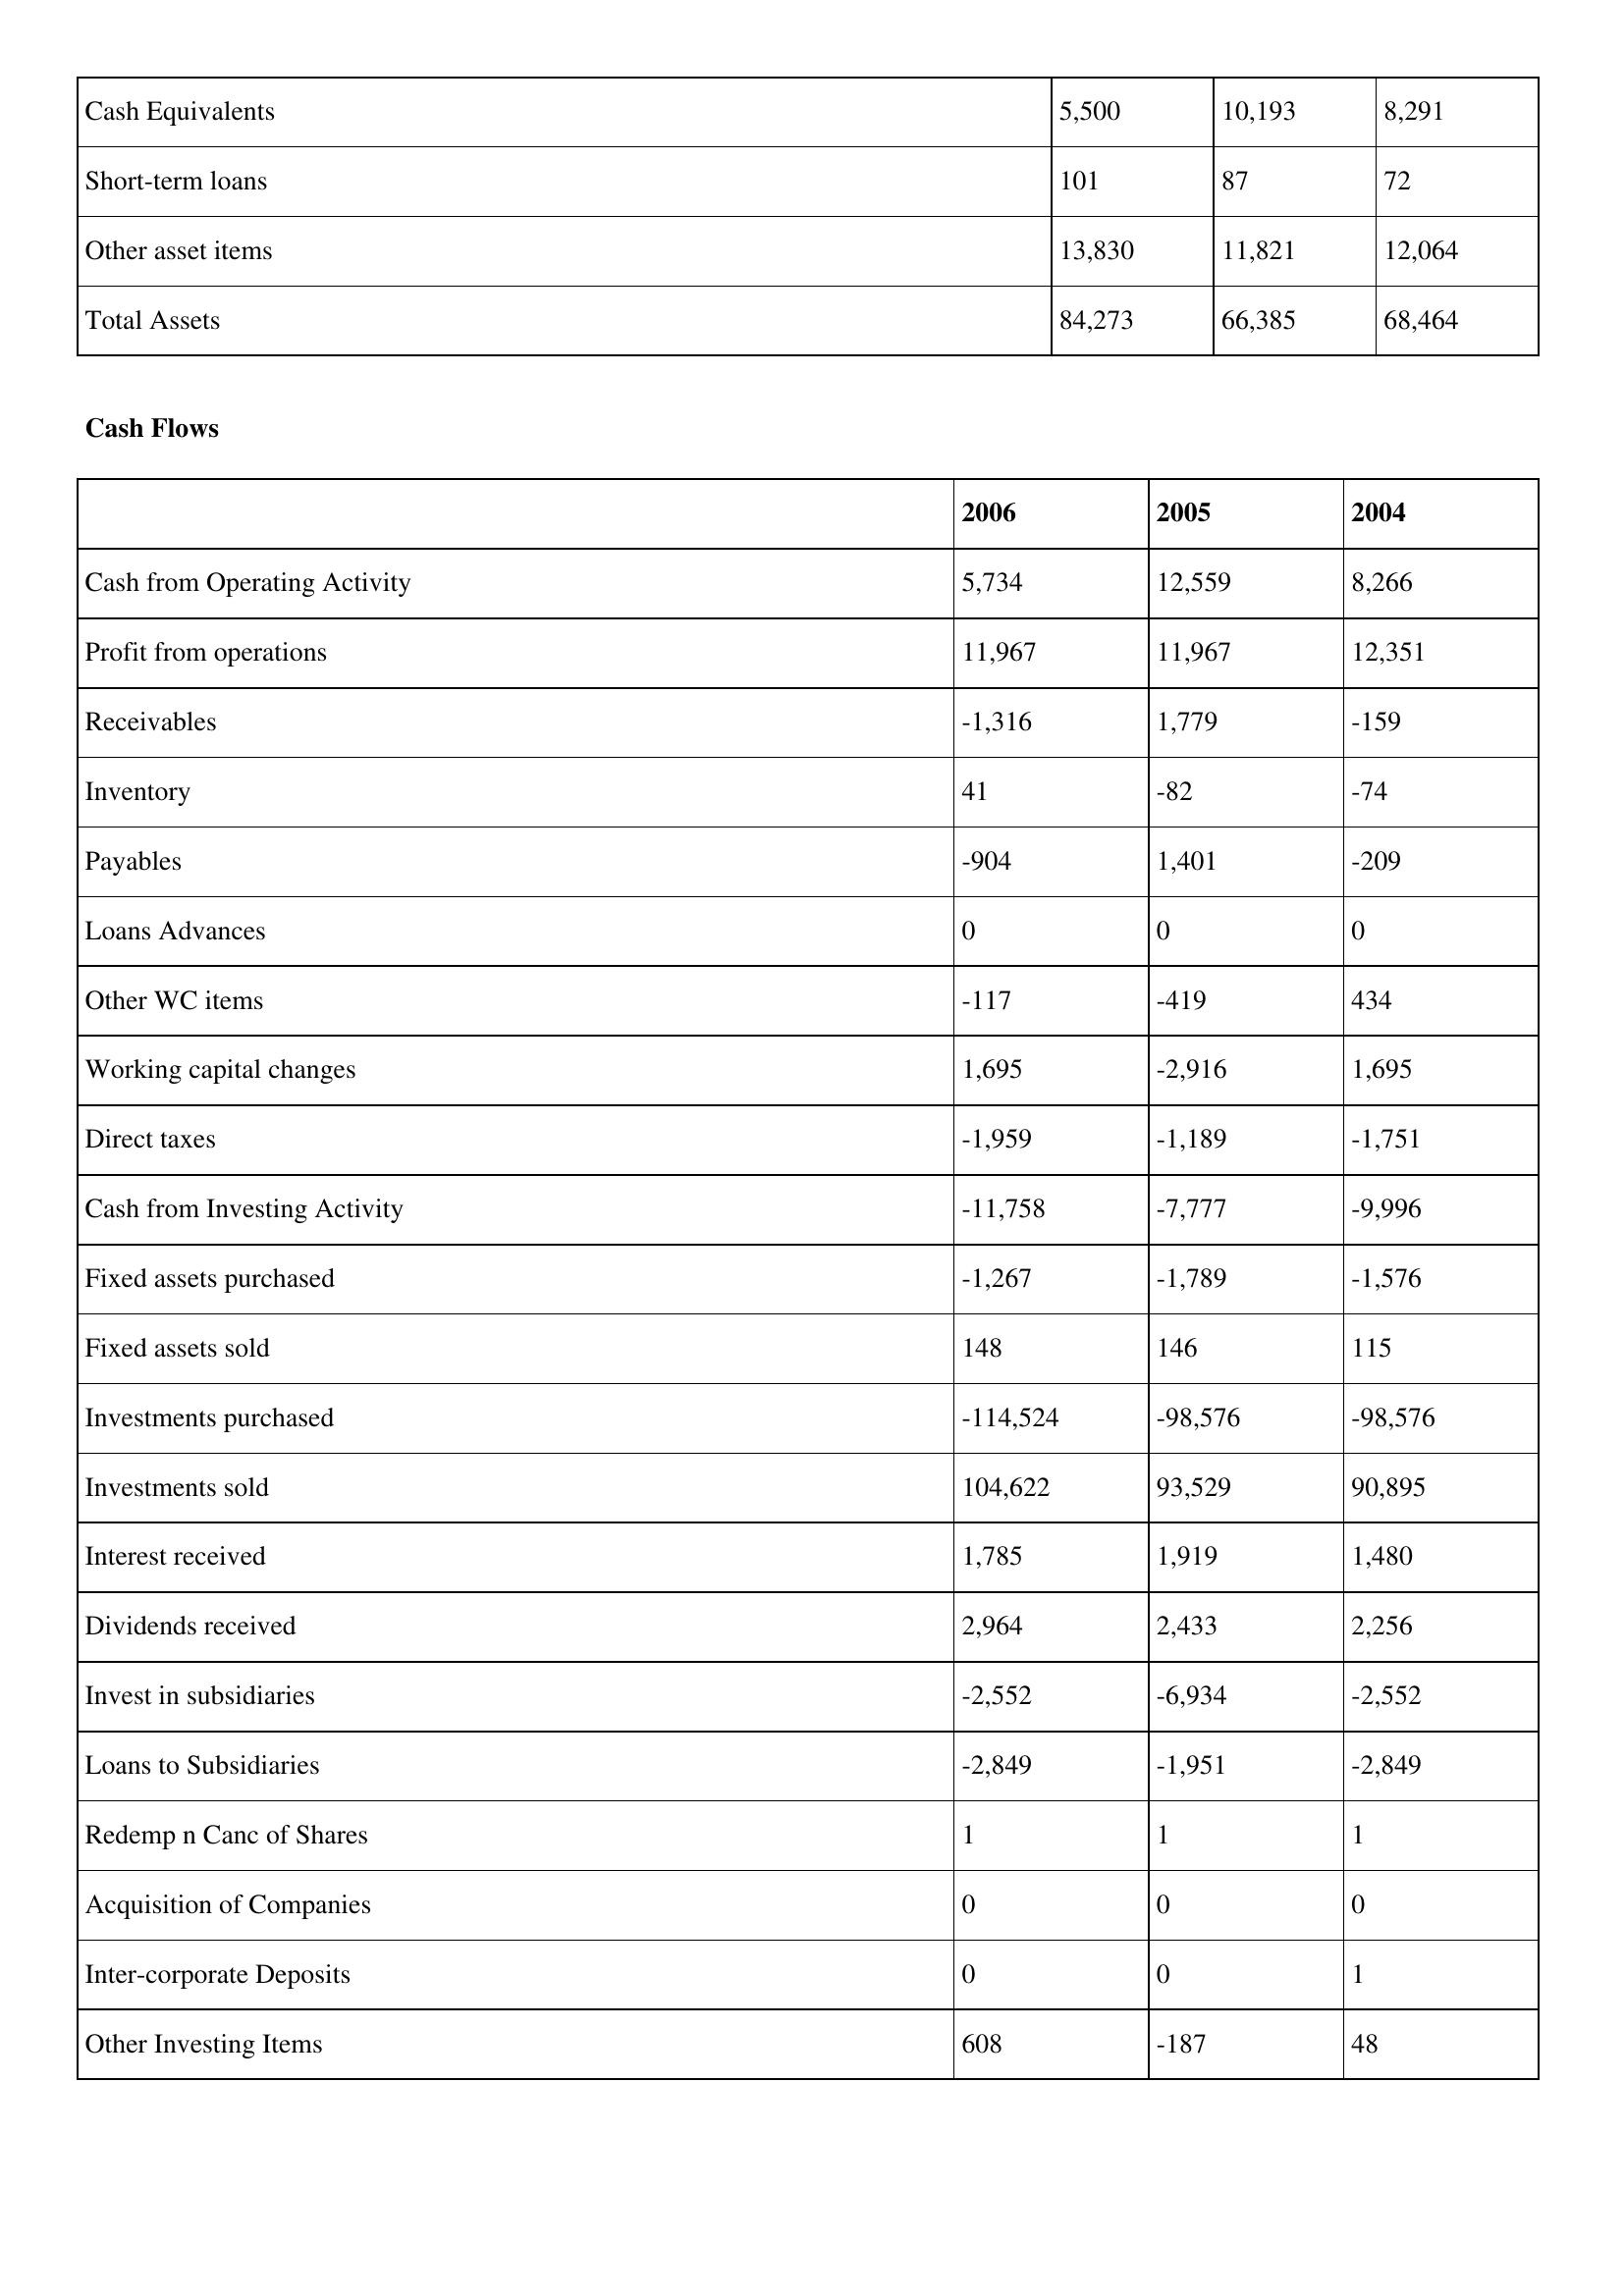
gt_parse: 2006: Balance Sheet: Cash Equivalents: 5,500
Short-term loans: 101
Other asset items: 13,830
Total Assets: 84,273
Cash Flows: Cash from Operating Activity: 5,734
Profit from operations: 11,967
Receivables: -1,316
Inventory: 41
Payables: -904
Loans Advances: 0
Other WC items: -117
Working capital changes: 1,695
Direct taxes: -1,959
Cash from Investing Activity: -11,758
Fixed assets purchased: -1,267
Fixed assets sold: 148
Investments purchased: -114,524
Investments sold: 104,622
Interest received: 1,785
Dividends received: 2,964
Invest in subsidiaries: -2,552
Loans to Subsidiaries: -2,849
Redemp n Canc of Shares: 1
Acquisition of Companies: 0
Inter-corporate Deposits: 0
Other Investing Items: 608
2005: Balance Sheet: Cash Equivalents: 10,193
Short-term loans: 87
Other asset items: 11,821
Total Assets: 66,385
Cash Flows: Cash from Operating Activity: 12,559
Profit from operations: 11,967
Receivables: 1,779
Inventory: -82
Payables: 1,401
Loans Advances: 0
Other WC items: -419
Working capital changes: -2,916
Direct taxes: -1,189
Cash from Investing Activity: -7,777
Fixed assets purchased: -1,789
Fixed assets sold: 146
Investments purchased: -98,576
Investments sold: 93,529
Interest received: 1,919
Dividends received: 2,433
Invest in subsidiaries: -6,934
Loans to Subsidiaries: -1,951
Redemp n Canc of Shares: 1
Acquisition of Companies: 0
Inter-corporate Deposits: 0
Other Investing Items: -187
2004: Balance Sheet: Cash Equivalents: 8,291
Short-term loans: 72
Other asset items: 12,064
Total Assets: 68,464
Cash Flows: Cash from Operating Activity: 8,266
Profit from operations: 12,351
Receivables: -159
Inventory: -74
Payables: -209
Loans Advances: 0
Other WC items: 434
Working capital changes: 1,695
Direct taxes: -1,751
Cash from Investing Activity: -9,996
Fixed assets purchased: -1,576
Fixed assets sold: 115
Investments purchased: -98,576
Investments sold: 90,895
Interest received: 1,480
Dividends received: 2,256
Invest in subsidiaries: -2,552
Loans to Subsidiaries: -2,849
Redemp n Canc of Shares: 1
Acquisition of Companies: 0
Inter-corporate Deposits: 1
Other Investing Items: 48